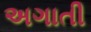
અગાતી